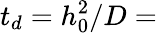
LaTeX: t_{d}=h_{0}^{2}/D=